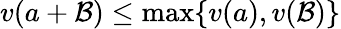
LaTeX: v(a+\mathcal{B})\leq\mathrm{{max}}\{ v(a),v(\mathcal{B})\}